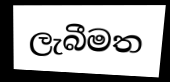
ලැබීමත